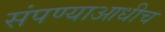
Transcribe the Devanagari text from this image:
संपण्याआधीच